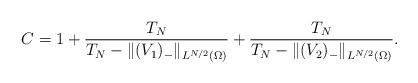
LaTeX: \begin{align*}C=1+\frac{T_N}{T_N-\|(V_1)_-\|_{L^{N/2}(\Omega)}}+\frac{T_N}{T_N-\|(V_2)_-\|_{L^{N/2}(\Omega)}}.\end{align*}